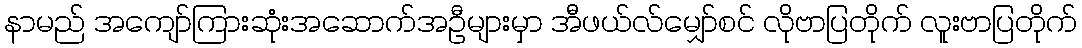
နာမည် အကျော်ကြားဆုံးအဆောက်အဦများမှာ အီဖယ်လ်မျှော်စင် လိုဗာပြတိုက် လူးဗာပြတိုက်